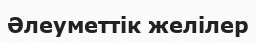
Әлеуметтік желілер